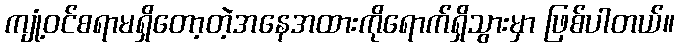
ကျုံ့ဝင်စရာမရှိတော့တဲ့အနေအထားကိုရောက်ရှိသွားမှာ ဖြစ်ပါတယ်။